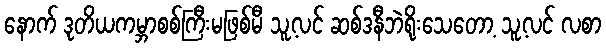
နောက် ဒုတိယကမ္ဘာစစ်ကြီးမဖြစ်မီ သူ့လင် ဆစ်ဒနီဘဲရိုးသေတော့ သူ့လင် လစာ